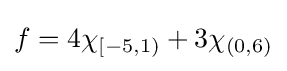
f=4\chi _{[-5,1)}+3\chi _{(0,6)}